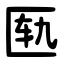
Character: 匦